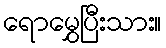
ရောမွှေပြီးသား။